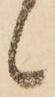
候